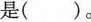
是()。